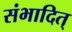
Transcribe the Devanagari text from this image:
संभादित्